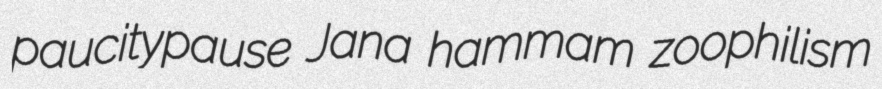
paucitypause Jana hammam zoophilism